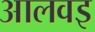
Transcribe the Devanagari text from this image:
आलवइ